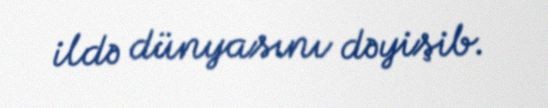
ildə dünyasını dəyişib.